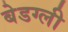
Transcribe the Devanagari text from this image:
बेडग्ली